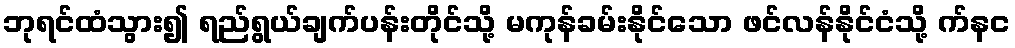
ဘုရင်ထံသွား၍ ရည်ရွယ်ချက်ပန်းတိုင်သို့ မကုန်ခမ်းနိုင်သော ဖင်လန်နိုင်ငံသို့ က်နင